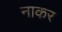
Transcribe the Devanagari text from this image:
नाकर